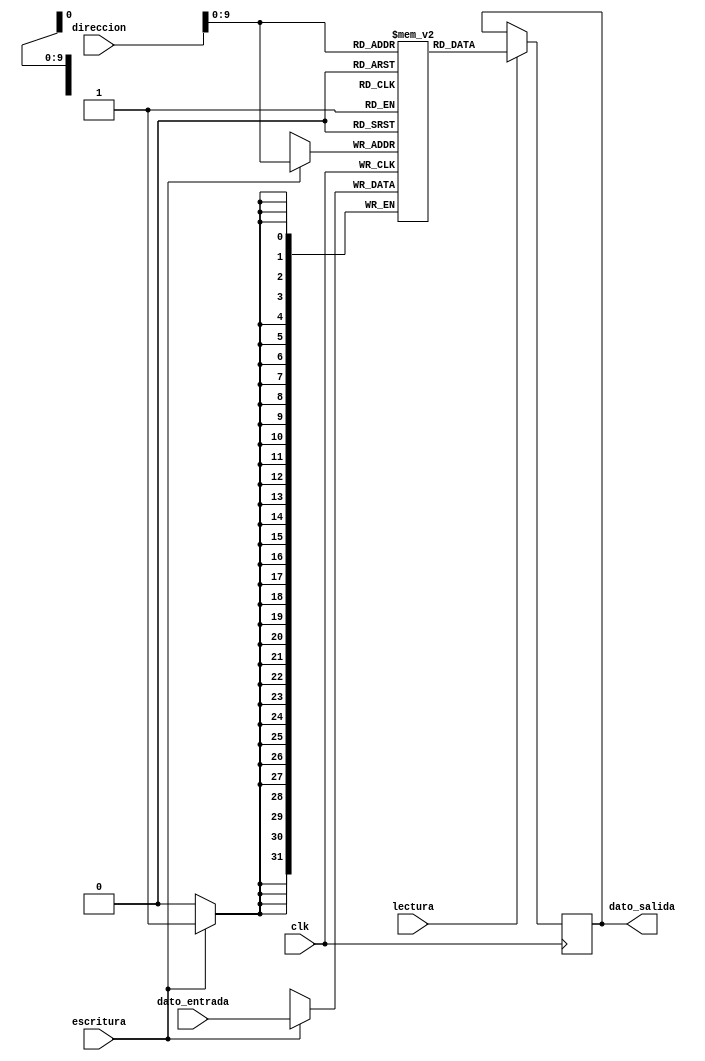
`timescale 1ns / 1ps
//////////////////////////////////////////////////////////////////////////////////
// Company: 
// Engineer: 
// 
// Design Name: omar zuiga V
// Module Name: memoria_datos
// Tipo de Memoria a describir: RAM
// Project Name: 
// Target Devices: 
// Tool Versions: 
// Description: 
// 
// Dependencies: 
// 
// Revision:
// Revision 0.01 - File Created
// Additional Comments:
// 
//////////////////////////////////////////////////////////////////////////////////
// memoria ram para datos del procesador// 
// la posicion se define por la direccion//
// tamao de ancho 32bits
// largo 1024

module memoria_datos( direccion, dato_entrada, dato_salida, clk,escritura, lectura

    );
    parameter N=31;
    input clk,escritura, lectura;
    input [N:0]direccion;
    input [31:0]dato_entrada;
    output reg [31:0]dato_salida;
    reg [31:0]memoria_T[0:1023];// defino el tamao de la memoria ancho y largo
    
    always@(negedge clk)begin // en el procesador se escribe cuando esta en flanco negativo
        if(escritura==1)begin; // si me llega un 1 en la escritura quiere decir que debo escribir en la memoria
            memoria_T[direccion]=dato_entrada; // lo que digo aqui es que voy a escribir el dato entrada en la posicion de memoria dada por la direecion
            end 
            end
     always@(posedge clk)begin
     if (lectura==1)begin;// habilito la lectura. y el dato a salir es ultimo q se guardo
        dato_salida=memoria_T[direccion];// el dato que esta en la posicion de memoria dada x la direccion 
        end
        end
        
endmodule